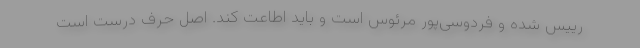
رییس شده و فردوسی‌پور مرئوس است و باید اطاعت کند. اصل حرف درست است